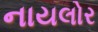
નાયલોર